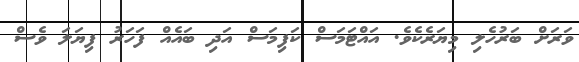
ވަރަށް ބަރުހެލި މިޔަރެކެވެ. އައްޓަމަސް ކަފިމަސް އަދި ބައެއް ފަހަރު ފިޔަލަ ވެސް